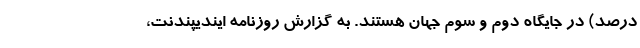
درصد) در جایگاه دوم و سوم جهان هستند. به گزارش روزنامه ایندیپندنت،